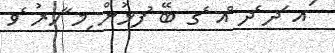
ައ ަދ ެދ ްއ ެގ ބޭ ުފޅުން ިމ ާހރު ެވ